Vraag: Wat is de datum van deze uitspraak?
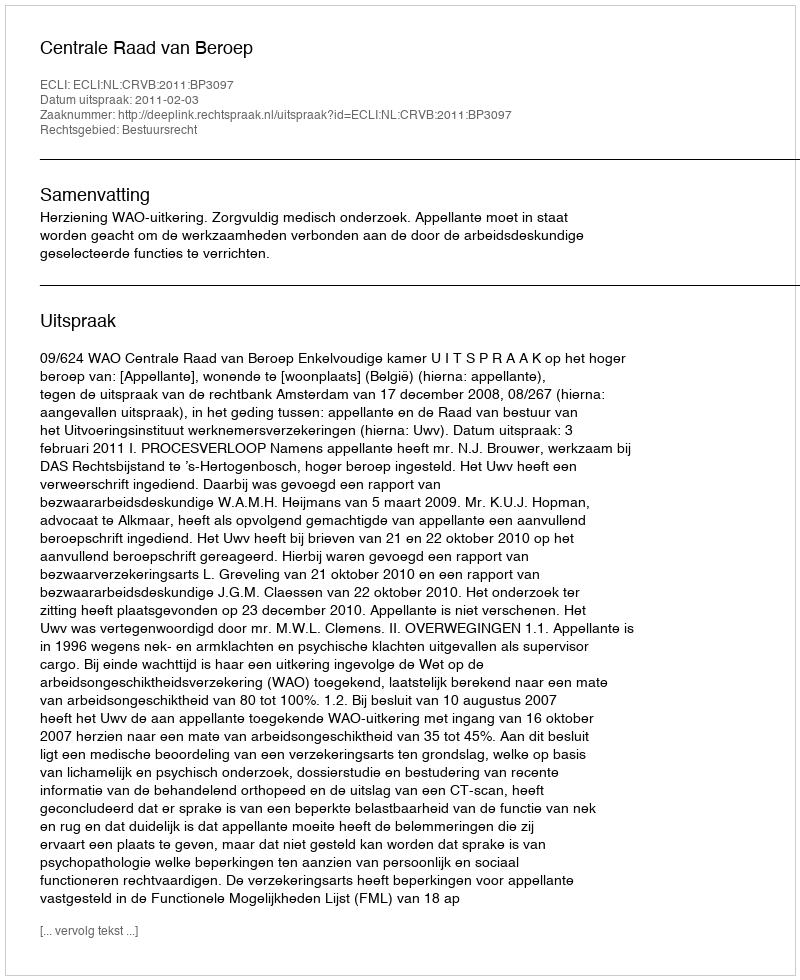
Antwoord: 2011-02-03